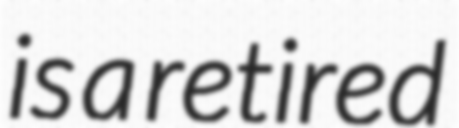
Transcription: is a retired